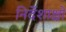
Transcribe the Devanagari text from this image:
निर्देशाक्षों